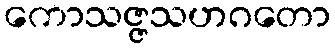
ကောသဇ္ဇသဟဂတော